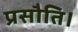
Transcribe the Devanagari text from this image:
प्रसौति।